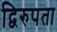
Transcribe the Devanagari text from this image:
द्विरुपता